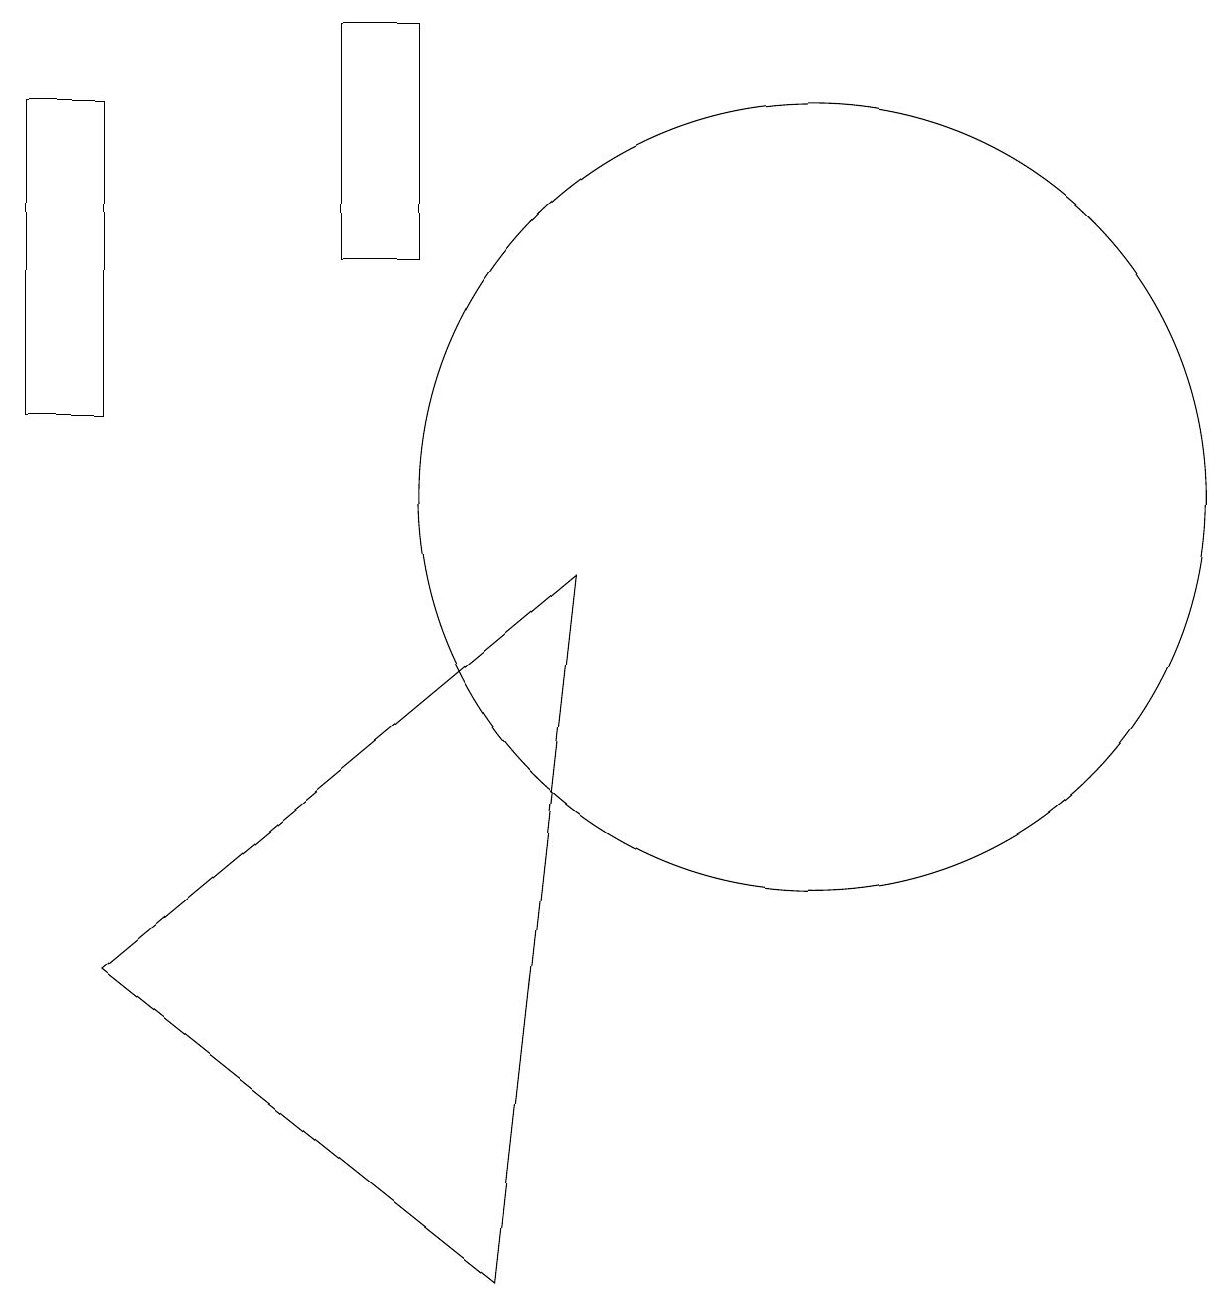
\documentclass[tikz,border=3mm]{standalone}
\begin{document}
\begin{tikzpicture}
\draw (2,15) rectangle (1,11);
\draw (6,16) rectangle (5,13);
\draw (11,10) circle (5);
\draw (2,4) -- (7,0) -- (8,9) -- cycle;
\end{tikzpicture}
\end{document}